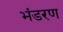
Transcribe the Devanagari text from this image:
भंडरण